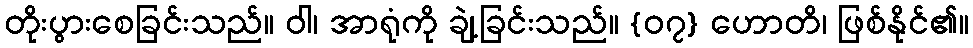
တိုးပွားစေခြင်းသည်။ ဝါ၊ အာရုံကို ချဲ့ခြင်းသည်။ {၀၇} ဟောတိ၊ ဖြစ်နိုင်၏။